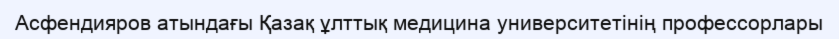
Асфендияров атындағы Қазақ ұлттық медицина университетінің профессорлары